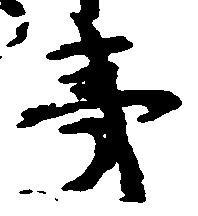
夷